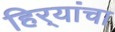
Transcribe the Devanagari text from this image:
हिर्‍यांचा